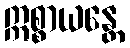
ဣစ္စာယန္တေ